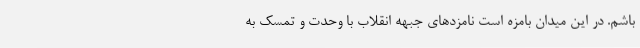
باشم. در این میدان بامزه است نامزدهای جبهه انقلاب با وحدت و تمسک به